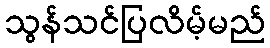
သွန်သင်ပြလိမ့်မည်